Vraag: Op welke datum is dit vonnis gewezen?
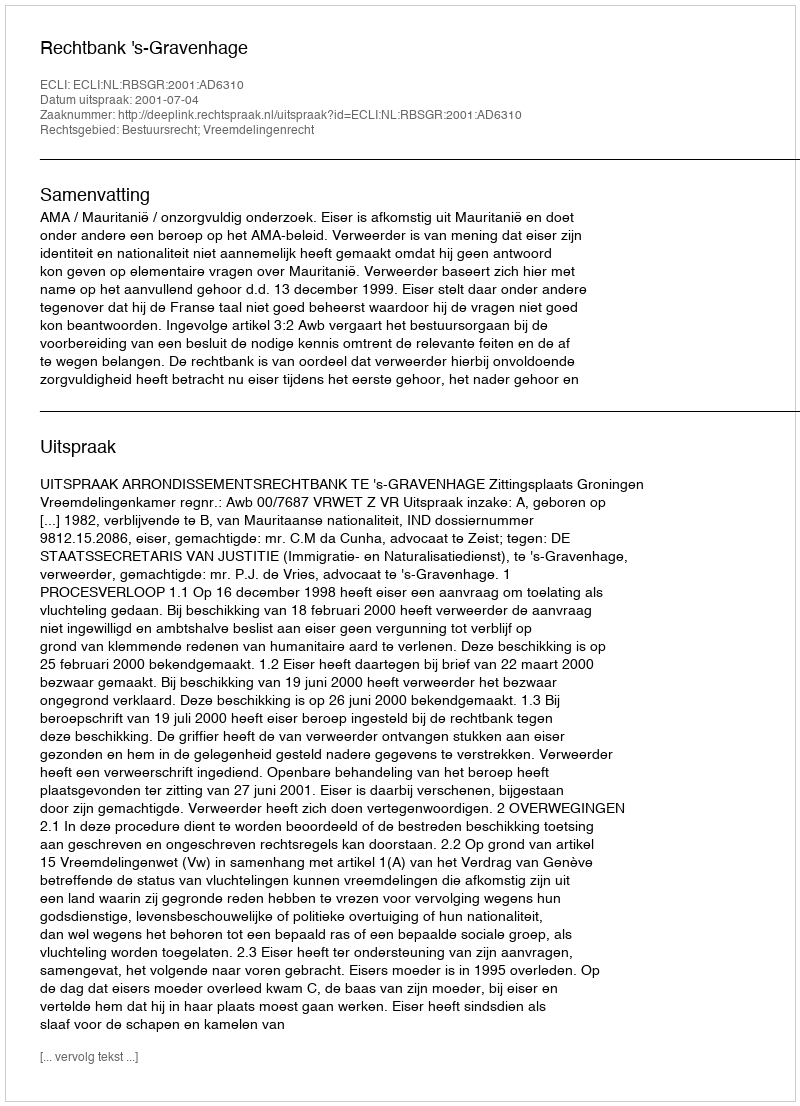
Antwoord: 2001-07-04